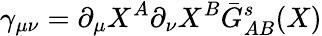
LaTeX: \gamma_{\mu\nu}=\partial_{\mu}X^{A}\partial_{\nu}X^{B}\bar{G}_{AB}^{s}(X)